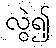
လွဲ၍